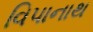
વિપાનાથ